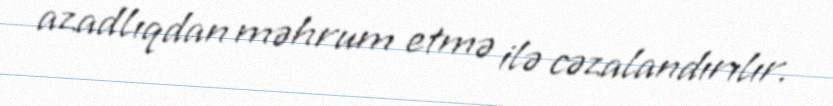
azadlıqdan məhrum etmə ilə cəzalandırılır.